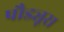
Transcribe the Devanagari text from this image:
पौड्यूरा